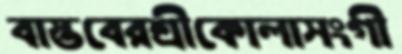
বাস্তবেরশ্রীকোলাসংগী